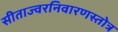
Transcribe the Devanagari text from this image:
सीताज्वरनिवारणस्तोत्र